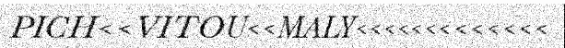
PICH<<VITOU<<MALY<<<<<<<<<<<<<